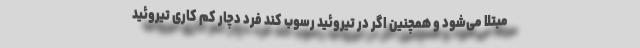
مبتلا می‌شود و همچنین اگر در تیروئید رسوب کند فرد دچار کم کاری تیروئید